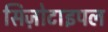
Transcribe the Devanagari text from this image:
सिज़ोटाइपल